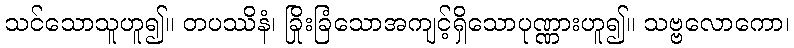
သင်သောသူဟူ၍။ တပဿိနံ၊ ခြိုးခြံသောအကျင့်ရှိသောပုဏ္ဏားဟူ၍။ သဗ္ဗလောကော၊